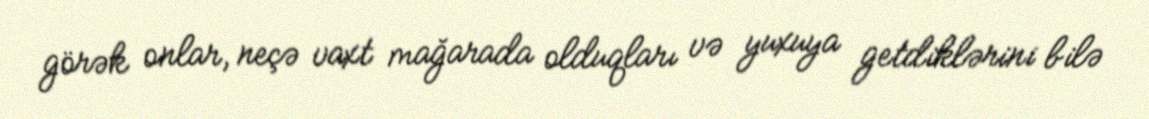
görək onlar, neçə vaxt mağarada olduqları və yuxuya getdiklərini bilə